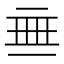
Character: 𬻜